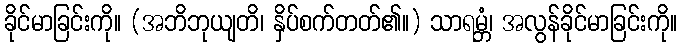
ခိုင်မာခြင်းကို။ (အဘိဘုယျတိ၊ နှိပ်စက်တတ်၏။) သာရမ္ဘံ၊ အလွန်ခိုင်မာခြင်းကို။